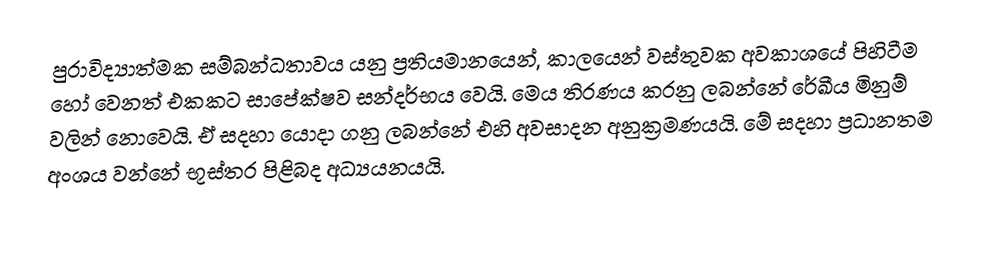
පුරාවිද්‍යාත්මක සම්බන්ධතාවය යනු ප්‍රතියමානයෙන්, කාලයෙන් වස්තුවක අවකාශයේ පිහිටීම හෝ වෙනත් එකකට සාපේක්ෂව සන්දර්භය වෙයි. මෙය තිරණය කරනු ලබන්නේ රේඛීය මිනුම් වලින් නොවෙයි. ඒ සදහා යොදා ගනු ලබන්නේ එහි අවසාදන අනුක්‍රමණයයි. මේ සදහා ප්‍රධානතම අංශය වන්නේ භූස්තර පිළිබද අධ්‍යයනයයි.